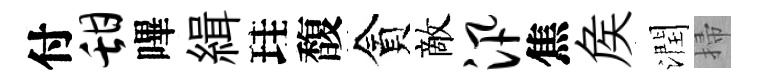
付甜嗶緝珪馥貪敵汛焦矦潤掃